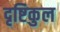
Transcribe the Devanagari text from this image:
दृष्टिकुल